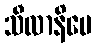
သီလာနိပေ